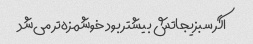
اگر سبزیجاتش بیشتر بود خوشمزه‌تر می‌شد